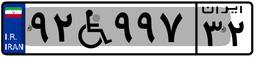
۹۲W۹۹۷۳۲